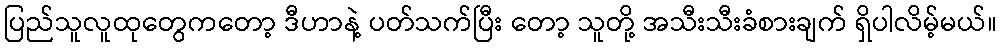
ပြည်သူလူထုတွေကတော့ ဒီဟာနဲ့ ပတ်သက်ပြီး တော့ သူတို့ အသီးသီးခံစားချက် ရှိပါလိမ့်မယ်။